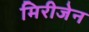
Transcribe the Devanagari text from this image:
मिरीजेन